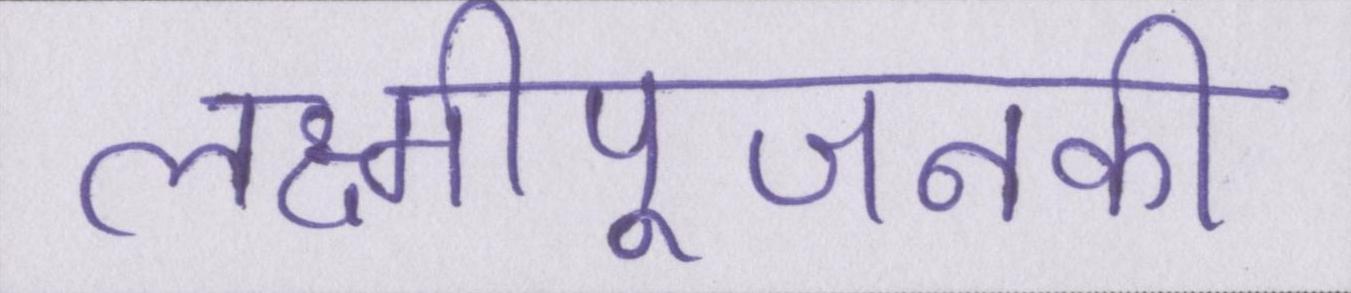
लक्ष्मीपूजनकी